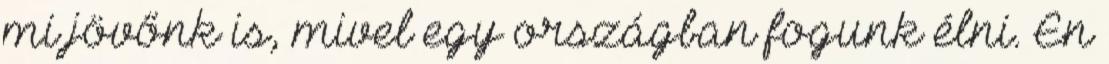
mi jövőnk is, mivel egy országban fogunk élni. Én